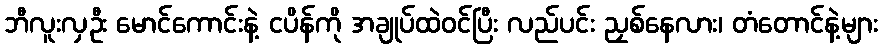
ဘီလူးလှဦး မောင်ကောင်းနဲ့ ငပိန်ကို အချုပ်ထဲဝင်ပြီး လည်ပင်း ညှစ်နေလား၊ တံတောင်နဲ့များ